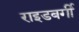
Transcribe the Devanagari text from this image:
राइडबर्गी